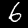
Digit: 6